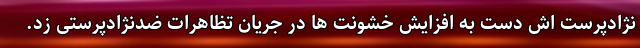
نژادپرست اش دست به افزایش خشونت ها در جریان تظاهرات ضدنژادپرستی زد.